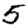
Digit: 5